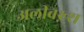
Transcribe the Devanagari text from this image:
अलीबख़्श